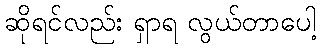
ဆိုရင်လည်း ရှာရ လွယ်တာပေါ့